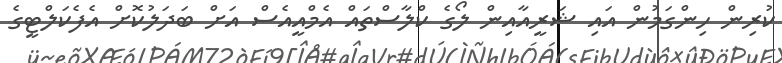
ކުރިން ހިންގަމުން އައި ޝަރީއާއިން ލޯގެ ކްލާސްތައް އެމްއީއެސް އަށް ބަދަލުކޮށް އެފެކަލްޓީގެ